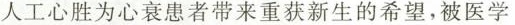
人工心胜为心衰患者带来重获新生的希望，被医学